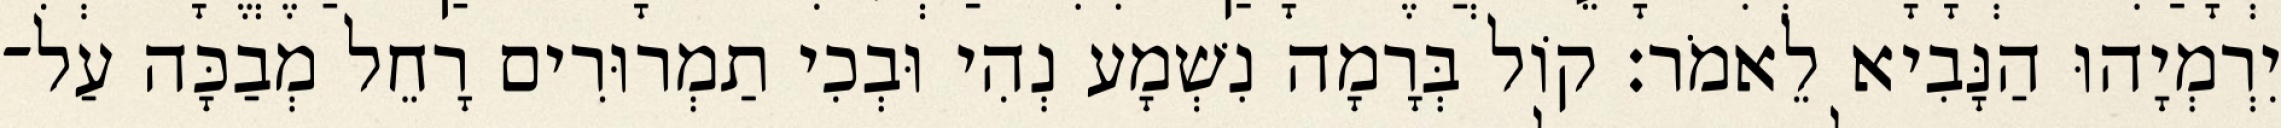
יִרְמְיָהוּ הַנָּבִיא לֵאמֹר׃ קוֹל בְּרָמָה נִשְׁמָע נְהִי וּבְכִי תַמְרוּרִים רָחֵל מְבַכָּה עַל־